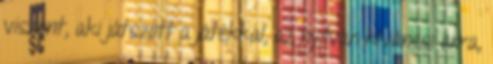
viszont, aki játszott a játékkal, az nyilván kíváncsi arra,